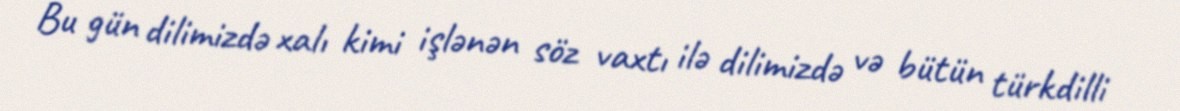
Bu gün dilimizdə xalı kimi işlənən söz vaxtı ilə dilimizdə və bütün türkdilli